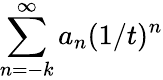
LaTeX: \sum_{n=-k}^{\infty}a_{n}(1/t)^{n}